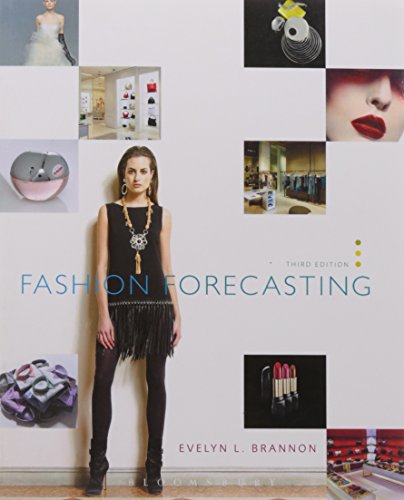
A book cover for Fashion Forecasting; Evelyn L. Brannon; Business & Money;